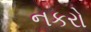
નકરો